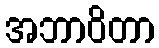
အဘာဝိတာ